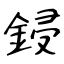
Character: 鋟